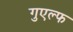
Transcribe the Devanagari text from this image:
गुएल्फ